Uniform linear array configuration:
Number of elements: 4
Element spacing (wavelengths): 0.5
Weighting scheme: kaiser
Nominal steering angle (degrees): -45
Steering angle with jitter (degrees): -45.61
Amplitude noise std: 0.05
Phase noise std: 0.05

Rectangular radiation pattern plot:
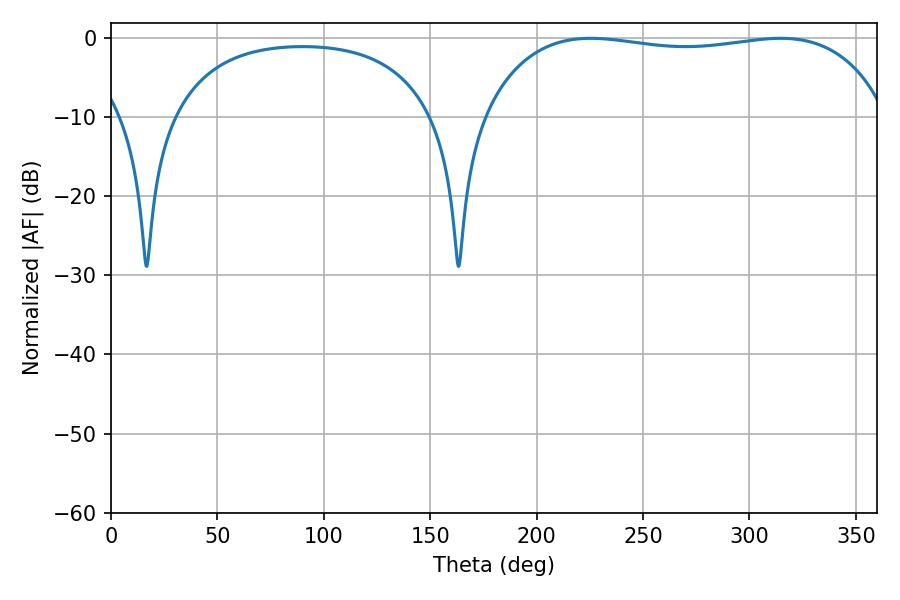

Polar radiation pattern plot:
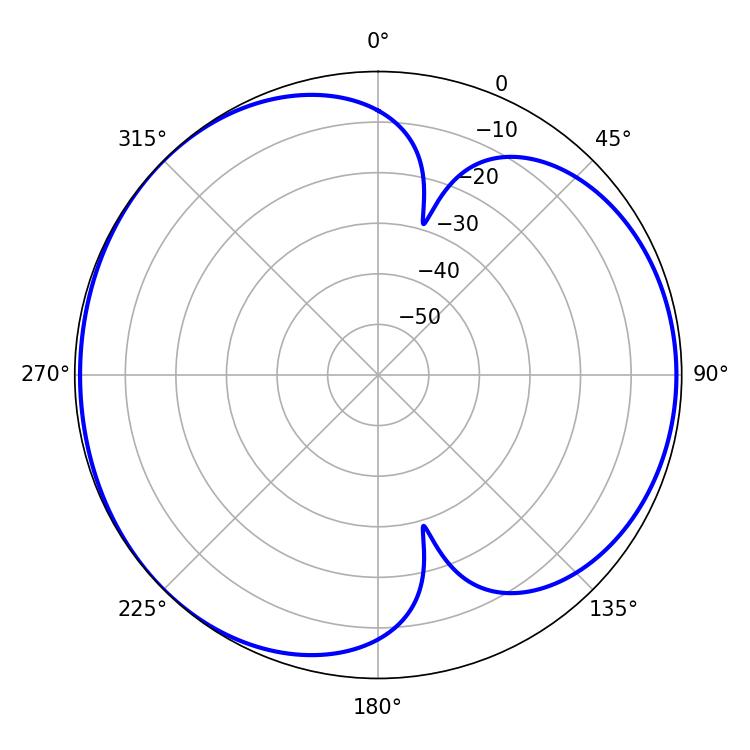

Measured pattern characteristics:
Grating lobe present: FALSE
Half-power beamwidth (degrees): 152.64
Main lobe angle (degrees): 225.36